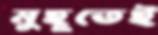
মুহূতেই